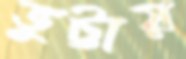
ভুট্টায়